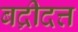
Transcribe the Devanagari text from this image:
बद्रीदत्त